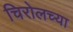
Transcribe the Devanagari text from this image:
चिरोलच्या